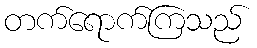
တက်ရောက်ကြသည်